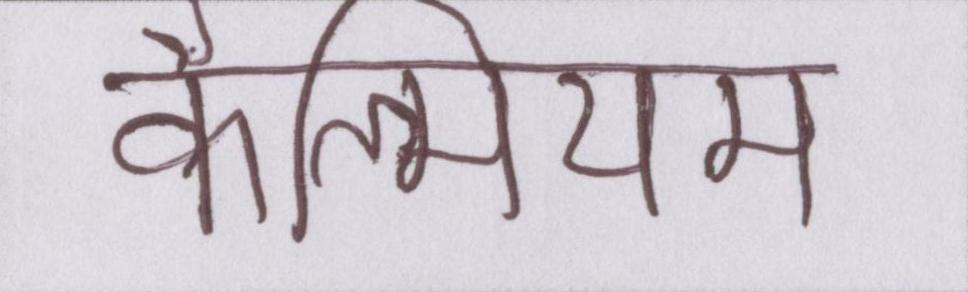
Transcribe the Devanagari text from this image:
कैल्सियम